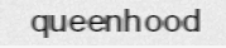
queenhood